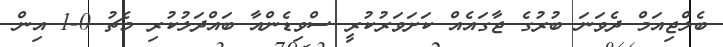
ބެލްޖިއަމް ދެވަނަ ބުރުގެ ޖާގައެއް ކަށަވަރުކުރީ ސްވިޑެންއާ ބައްދަލުކުރި މެޗު 0-1 އިން